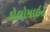
ડોલોમાઇટ